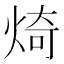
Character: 𪸴